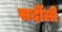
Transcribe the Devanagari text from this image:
सर्दीली